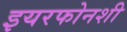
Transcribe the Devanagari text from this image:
इयरफोनशी